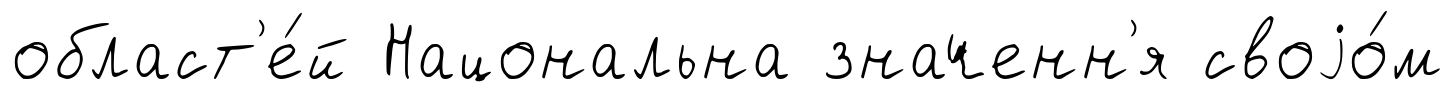
област'е́й Нацональна значенн'я своjо́м